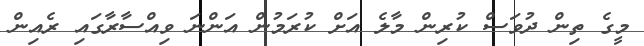
މީގެ ތިން ދުވަސް ކުރިން މާލެ އަށް ކުރަމުން އަންނަ ވިއްސާރާގައި ރެއިން